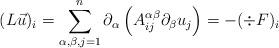
LaTeX: \begin{align*} (L\vec{u})_i = \sum_{\alpha, \beta, j = 1} ^n \partial_\alpha \left(A_{ij}^{\alpha \beta} \partial_\beta u_j\right) = - (\div F)_i \end{align*}